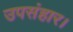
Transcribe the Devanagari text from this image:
उपसंहार।